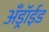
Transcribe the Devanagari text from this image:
अँड्रॉईड